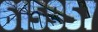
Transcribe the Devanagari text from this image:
६१५९५७